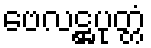
ဗေလဋ္ဌပုတ္တံ